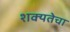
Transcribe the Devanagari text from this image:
शक्यतेचा